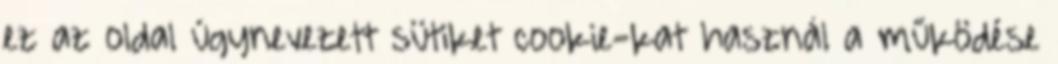
ez az oldal úgynevezett sütiket cookie-kat használ a működése